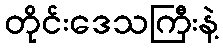
တိုင်းဒေသကြီးနဲ့